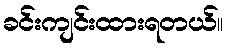
ခင်းကျင်းထားရတယ်။